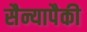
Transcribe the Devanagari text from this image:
सैन्यापैकी